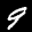
Label: 9